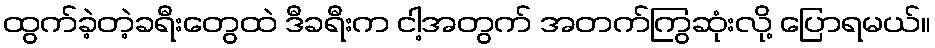
ထွက်ခဲ့တဲ့ခရီးတွေထဲ ဒီခရီးက ငါ့အတွက် အတက်ကြွဆုံးလို့ ပြောရမယ်။